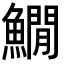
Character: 𩻘